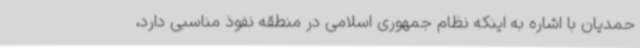
حمدیان با اشاره به اینکه نظام جمهوری اسلامی در منطقه نفوذ مناسبی دارد،